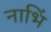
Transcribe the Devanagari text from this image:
नाभिं